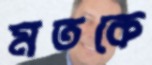
মতকে